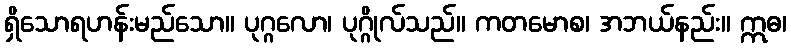
ရှိသောရဟန်းမည်သော။ ပုဂ္ဂလော၊ ပုဂ္ဂိုလ်သည်။ ကတမောစ၊ အဘယ်နည်း။ ဣဓ၊